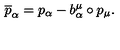
\overline { { p } } _ { \alpha } = p _ { \alpha } - b _ { \alpha } ^ { \mu } \circ p _ { \mu } .